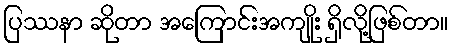
ပြဿနာ ဆိုတာ အကြောင်းအကျိုး ရှိလို့ဖြစ်တာ။